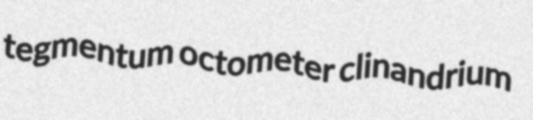
tegmentum octometer clinandrium